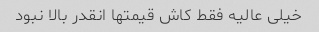
خیلی عالیه فقط کاش قیمتها انقدر بالا نبود